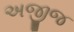
અજીજ